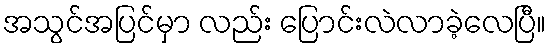
အသွင်အပြင်မှာ လည်း ပြောင်းလဲလာခဲ့လေပြီ။